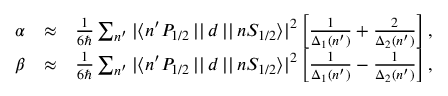
\begin{array} { r l r } { \alpha } & { \approx } & { \frac { 1 } { 6 \hbar } \sum _ { n ^ { \prime } } { | \langle n ^ { \prime } P _ { 1 / 2 } \, | | \, d \, | | \, n S _ { 1 / 2 } \rangle | ^ { 2 } } \left[ \frac { 1 } { \Delta _ { 1 } ( n ^ { \prime } ) } + \frac { 2 } { \Delta _ { 2 } ( n ^ { \prime } ) } \right] , } \\ { \beta } & { \approx } & { \frac { 1 } { 6 \hbar } \sum _ { n ^ { \prime } } { | \langle n ^ { \prime } P _ { 1 / 2 } \, | | \, d \, | | \, n S _ { 1 / 2 } \rangle | ^ { 2 } } \left[ \frac { 1 } { \Delta _ { 1 } ( n ^ { \prime } ) } - \frac { 1 } { \Delta _ { 2 } ( n ^ { \prime } ) } \right] , } \end{array}